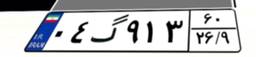
۰۴گ۹۱۳۶۰